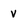
Character: v